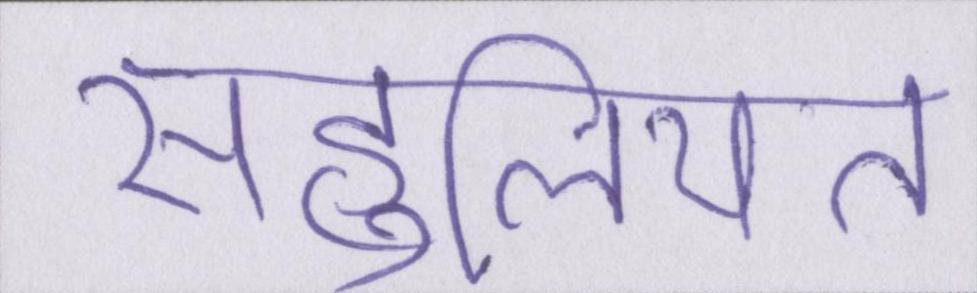
सहूलियत